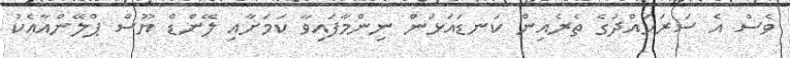
ވެސް އެ ސަރަހައްދުގެ ތެރެއިން ކަނޑައަޅަން ނިންމާފައިވާ ކަމަށާއި ލޭންޑް ޔޫސް ޕްލޭންއާއެކު